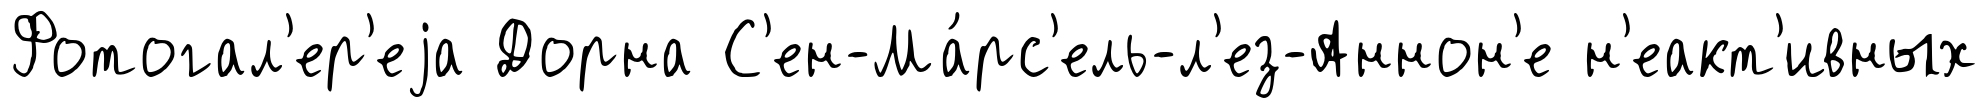
Фотогал'ер'еjа Дорна С'ен-Ма́рс'ель-л'ез-Аннон'е н'еакт'ивных